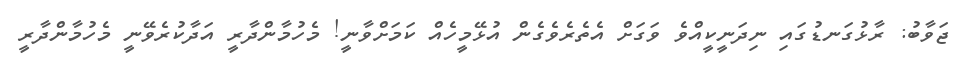
ޖަވާބު: ރާޅުގަނޑުގައި ނިދަނީކީއްވެ ވަގަށް އެތެރެވެގެން އުޅޭމީހެއް ކަމަށްވާނީ! މެހުމާންދާރީ އަދާކުރެވޭނީ މެހުމާންދާރީ